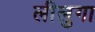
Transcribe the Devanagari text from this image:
लीलुगा